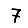
Digit: 7